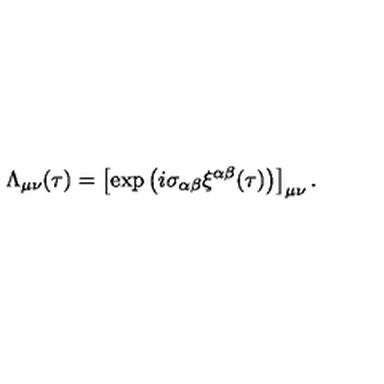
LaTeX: \Lambda _ { \mu \nu } ( \tau ) = \left[ \exp \left( i \sigma _ { \alpha \beta } \xi ^ { \alpha \beta } ( \tau ) \right) \right] _ { \mu \nu } .